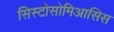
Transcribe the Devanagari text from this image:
सिस्टोसोमिआसिस